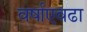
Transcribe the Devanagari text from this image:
वर्षाएवढा